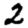
Digit: 2